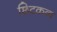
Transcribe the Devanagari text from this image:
छिटकवा